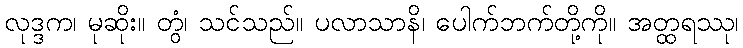
လုဒ္ဒက၊ မုဆိုး။ တွံ၊ သင်သည်။ ပလာသာနိ၊ ပေါက်ဘက်တို့ကို။ အတ္ထရဿု၊